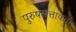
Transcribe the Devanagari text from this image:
पुरुषसत्ताकता